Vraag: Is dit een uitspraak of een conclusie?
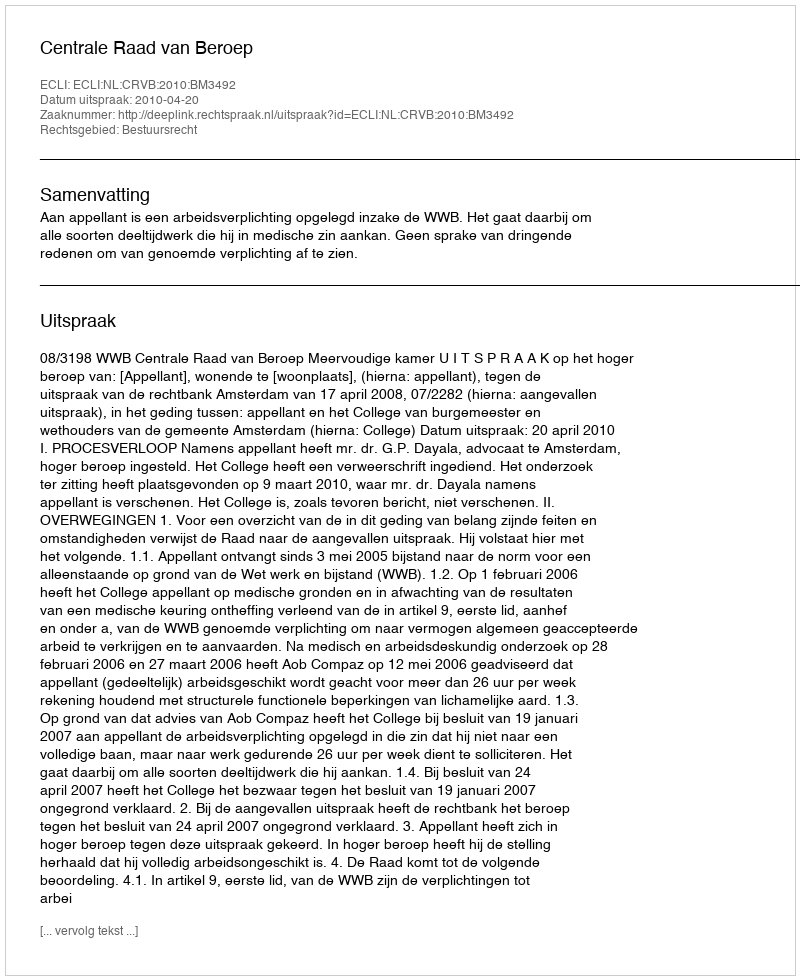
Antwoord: Uitspraak